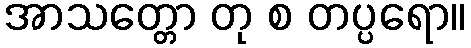
အာသတ္တော တု စ တပ္ပရော။